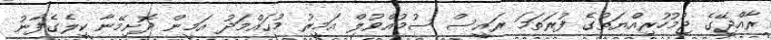
ރާއްޖޭގެ ޖުމުހުރިއްޔަތުގެ ފުރަތަމަ ރައީސް ސުމުއްވުލް އަމީރު މުޙައްމަދު އަމީން ދޮށިމޭނާ ކިލެގެފާނު